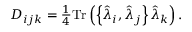
\begin{array} { r } { D _ { i j k } = \frac { 1 } { 4 } \mathrm { T r } \left( \left\{ \hat { \lambda } _ { i } , \hat { \lambda } _ { j } \right\} \hat { \lambda } _ { k } \right) . } \end{array}